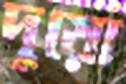
দুয়ো